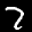
Label: 7